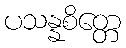
ပသန္နစိတ္တေ